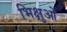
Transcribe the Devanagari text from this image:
भिक्षुओ